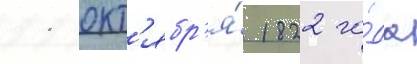
11 окт'ябр'я́ 1822 го́да